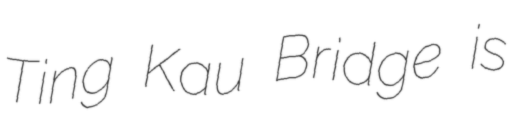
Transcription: Ting Kau Bridge is